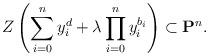
LaTeX: \begin{gather*} Z\left(\sum_{i=0}^n y_i^d +\lambda \prod_{i=0}^n y_i^{b_i}\right) \subset \mathbf{P}^n.\end{gather*}